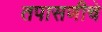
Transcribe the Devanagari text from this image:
तपासणीचे